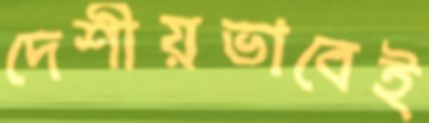
দেশীয়ভাবেই